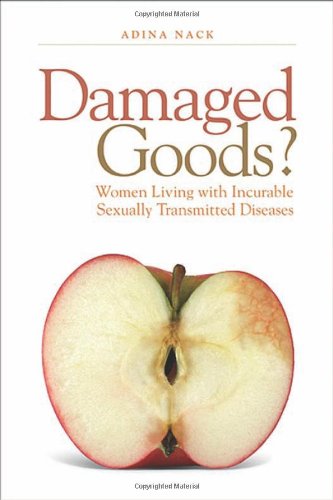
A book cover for Damaged Goods?: Women Living With Incurable Sexually Transmitted Diseases; Adina Nack; Health, Fitness & Dieting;